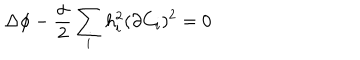
LaTeX: \Delta \phi - \frac { \alpha } { 2 } \sum _ { i } h _ { i } ^ { 2 } ( \partial C _ { i } ) ^ { 2 } = 0